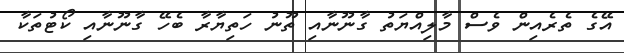
އޭގެ ތެރެއިން ވެސް މާލިއްޔަތު ގާނޫނާއި ތޫނު ހަތިޔާރާ ބެހޭ ގާނޫނާއި ކޯޓުތަކާ